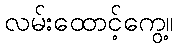
လမ်းထောင့်ကွေ့။